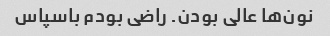
نون‌ها عالی بودن. راضی بودم باسپاس